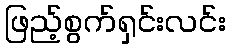
ဖြည့်စွက်ရှင်းလင်း